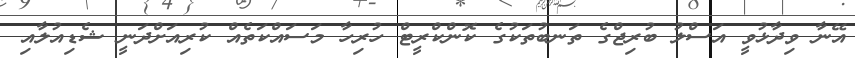
އޭނާ ވިދާޅުވީ އަސްލު ބުރިޖްގެ ތަނބުތަކުގެ ކޮންކްރީޓް ހުރިހާ މަސައްކަތެއް ކުރިއަށްދަނީ ޝެޑިއުލާއި